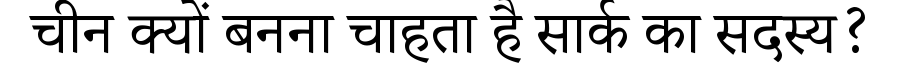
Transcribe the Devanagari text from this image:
चीन क्यों बनना चाहता है सार्क का सदस्य?